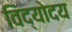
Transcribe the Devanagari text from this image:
विद्योदय